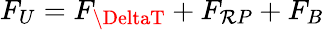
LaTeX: F_{U}=F_{\DeltaT}+F_{\mathcal{R}P}+F_{B}